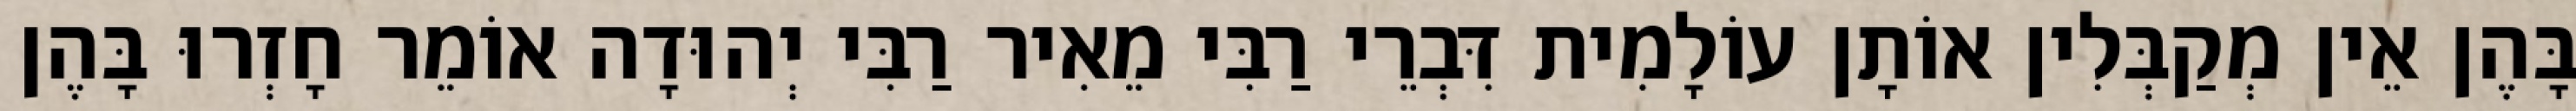
בָּהֶן אֵין מְקַבְּלִין אוֹתָן עוֹלָמִית דִּבְרֵי רַבִּי מֵאִיר רַבִּי יְהוּדָה אוֹמֵר חָזְרוּ בָּהֶן